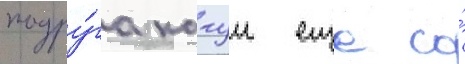
подру́га кагуи еще со́